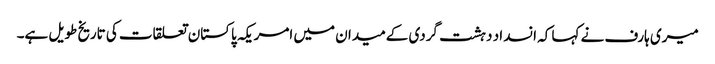
میری ہارف نے کہا کہ انسداد دہشت گردی کےمیدان میں امریکہ پاکستان تعلقات کی تاریخ طویل ہے۔